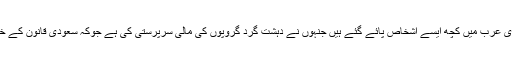
ہاں سعودى عرب میں کچھ ایسے اشخاص پائے گئے ہیں جنہوں نے دہشت گرد گروپوں کى مالى سرپرستى کى ہے جوکہ سعودى قانون کے خلاف ہے۔